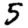
Digit: 5